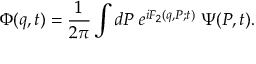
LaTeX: \Phi ( q , t ) = \frac 1 { 2 \pi } \int d P \; e ^ { i F _ { 2 } ( q , P ; t ) } \; \Psi ( P , t ) .